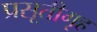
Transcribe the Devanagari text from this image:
प्रसूतीगृह